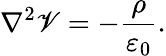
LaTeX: \nabla^{2}\mathscr{V}=-{\frac{{\rho}}{{\varepsilon_{0}}}}.